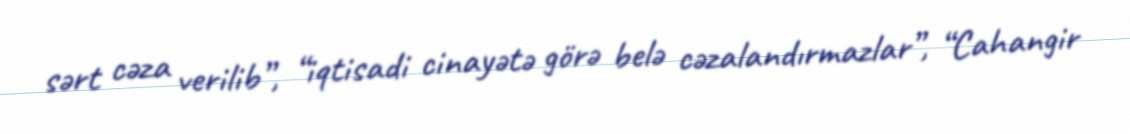
sərt cəza verilib”, “iqtisadi cinayətə görə belə cəzalandırmazlar”, “Cahangir